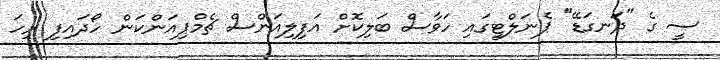
ސީ ގެ "ދަނގަޑޭ" ޕެނަލްޓީގައި ހަވާސް ބަލިކޮށް އަފިލިއަންސް ޗެމްޕިއަންކަން ހޯދައިފި ރިހަ